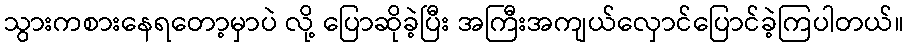
သွားကစားနေရတော့မှာပဲ လို့ ပြောဆိုခဲ့ပြီး အကြီးအကျယ်လှောင်ပြောင်ခဲ့ကြပါတယ်။